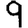
Digit: 9